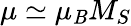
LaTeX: \mu\simeq\mu_{\mathit{B}}M_{S}